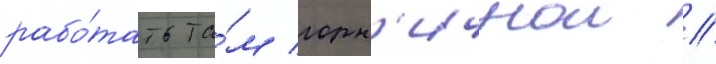
рабо́тать та́м горн'ичнои //